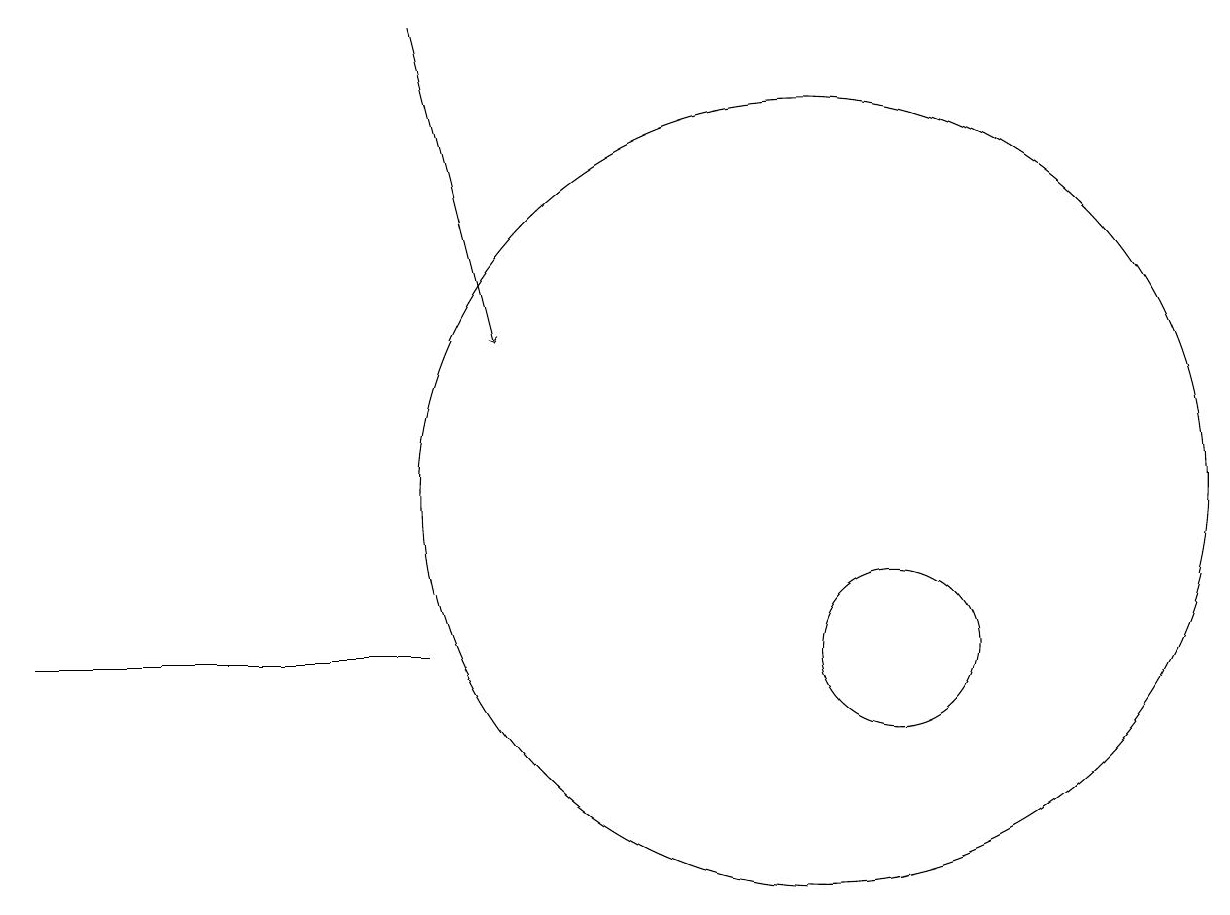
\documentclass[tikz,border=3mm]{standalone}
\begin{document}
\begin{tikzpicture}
\draw (1,10) rectangle (6,10);
\draw[->] (6,18) -- (7,14);
\draw (12,10) circle (1);
\draw (11,12) circle (5);
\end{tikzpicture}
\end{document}